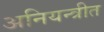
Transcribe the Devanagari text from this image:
अनियन्त्रीत